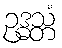
ဥဒ္ဓသ္တံ